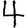
Digit: 4